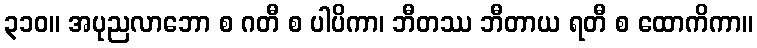
၃၁၀။ အပုညလာဘော စ ဂတီ စ ပါပိကာ၊ ဘီတဿ ဘီတာယ ရတီ စ ထောကိကာ။